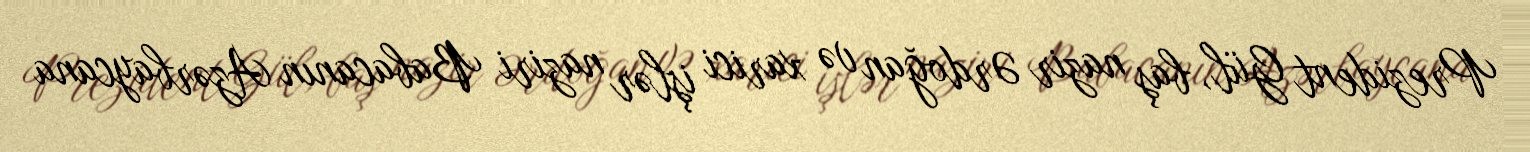
Prezident Gül, baş nazir Ərdoğan və xarici işlər naziri Babacanın Azərbaycana